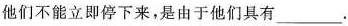
他们不能立即停下来，是由于他们具有___.